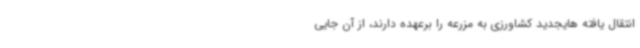
انتقال یافته هایجدید کشاورزی به مزرعه را برعهده دارند، از آن جایی